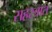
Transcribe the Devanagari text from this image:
सहस्त्रात